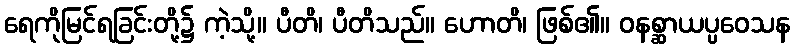
ရေကိုမြင်ရခြင်းတို့၌ ကဲ့သို့။ ပီတိ၊ ပီတိသည်။ ဟောတိ၊ ဖြစ်၏။ ဝနစ္ဆာယပ္ပဝေသန